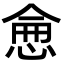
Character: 𢜒